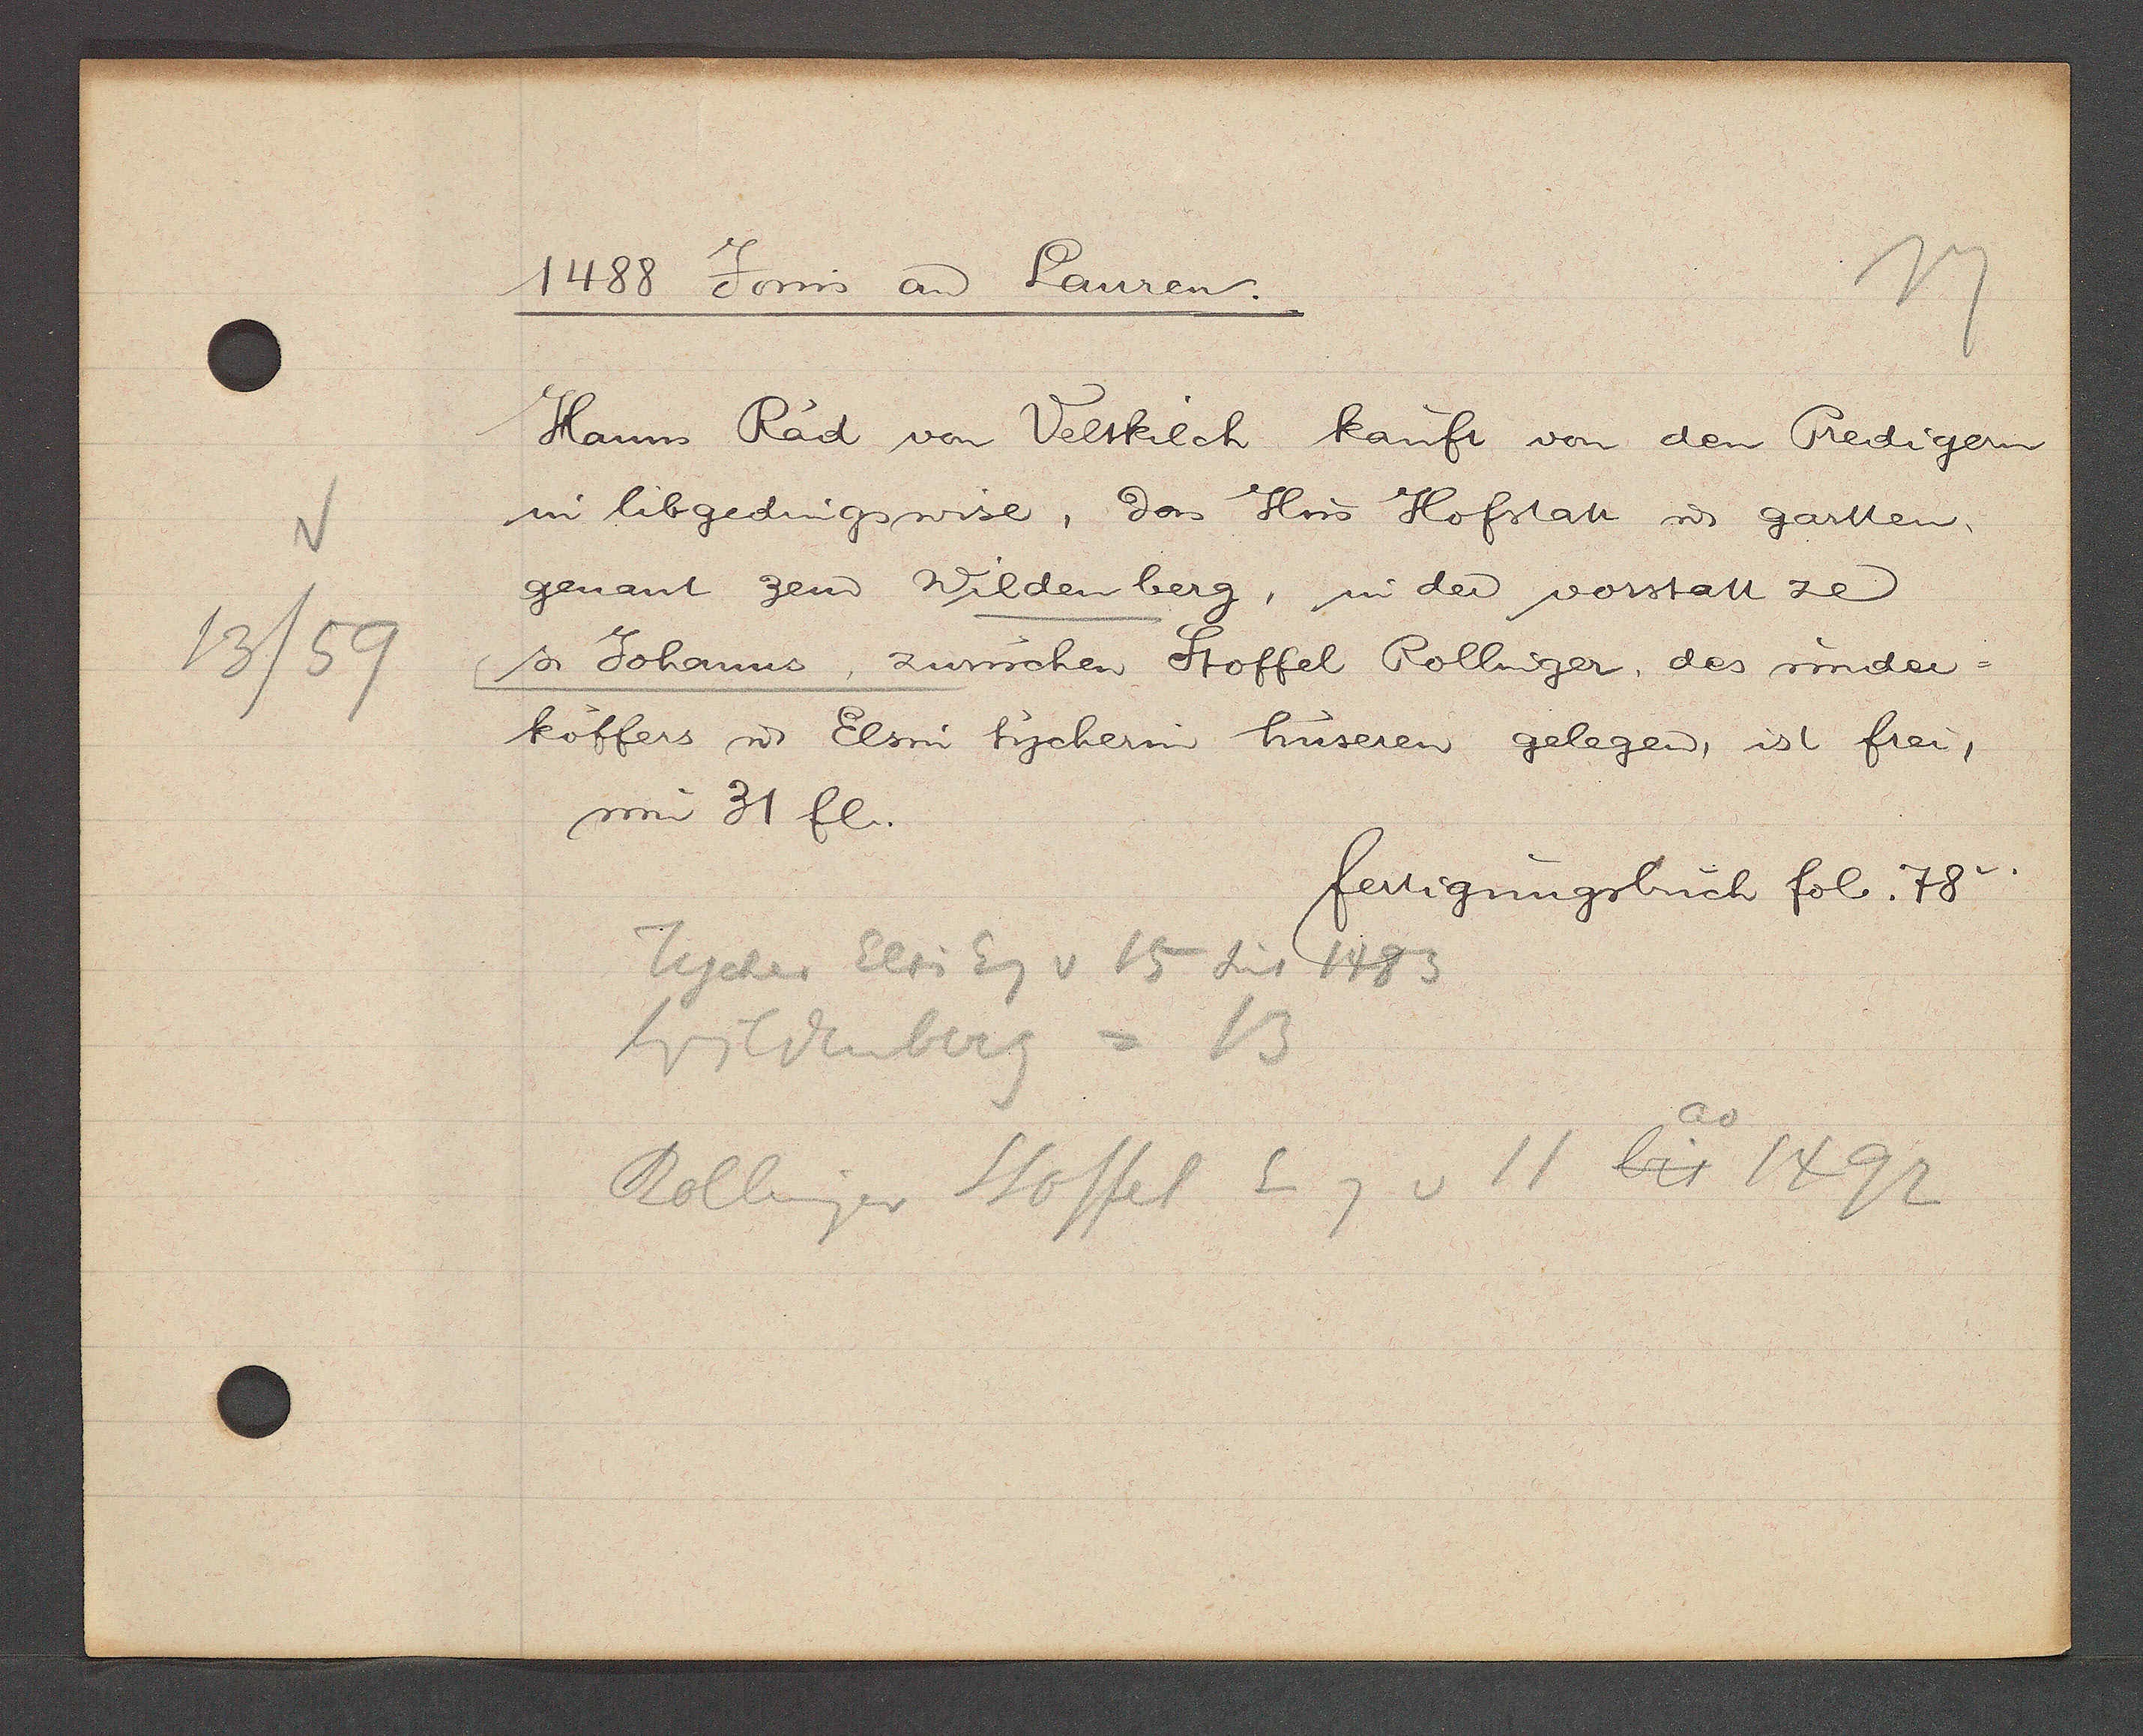
Transcript:
13/59

1488 Jovis an Lauren

Hanns Rad von Veltkilch kauft von den Predigern
im libgedingswise, das Hus Hofstatt u gartten,
genant zem Wilden berg, in der vorstatt ze
s. Johanns, zwuschen Stoffel Rollinger, des under¬
koffers ư Elsin tycherin huseren gelegen, ist frei,
um 31 fl.

fertigungsbuch fol. 78.

Tycher Elsi Eig v 15 seit 1483
Wildenberg = 13
Rollinger Stoffel Eig v 11 bis 1492